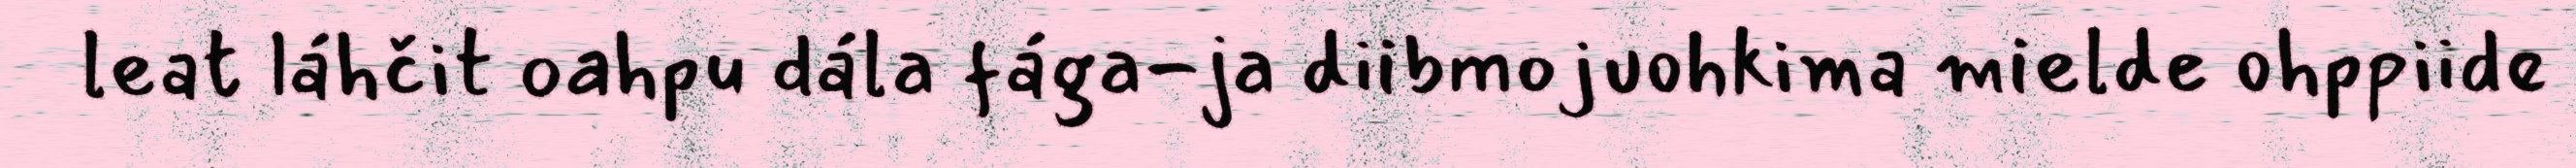
leat láhčit oahpu dála fága-ja diibmojuohkima mielde ohppiide